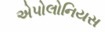
એપોલોનિયસ